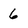
Character: 6